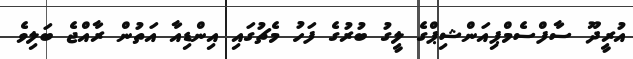
އުރީދޫ ސާފްސެމްޕިއަންޝިޕްގެ ލީގު ބުރުގެ ފަހު މެޗުގައި އިންޑިއާ އަތުން ރާއްޖެ ބަލިވެ